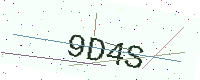
Text: 9D4S